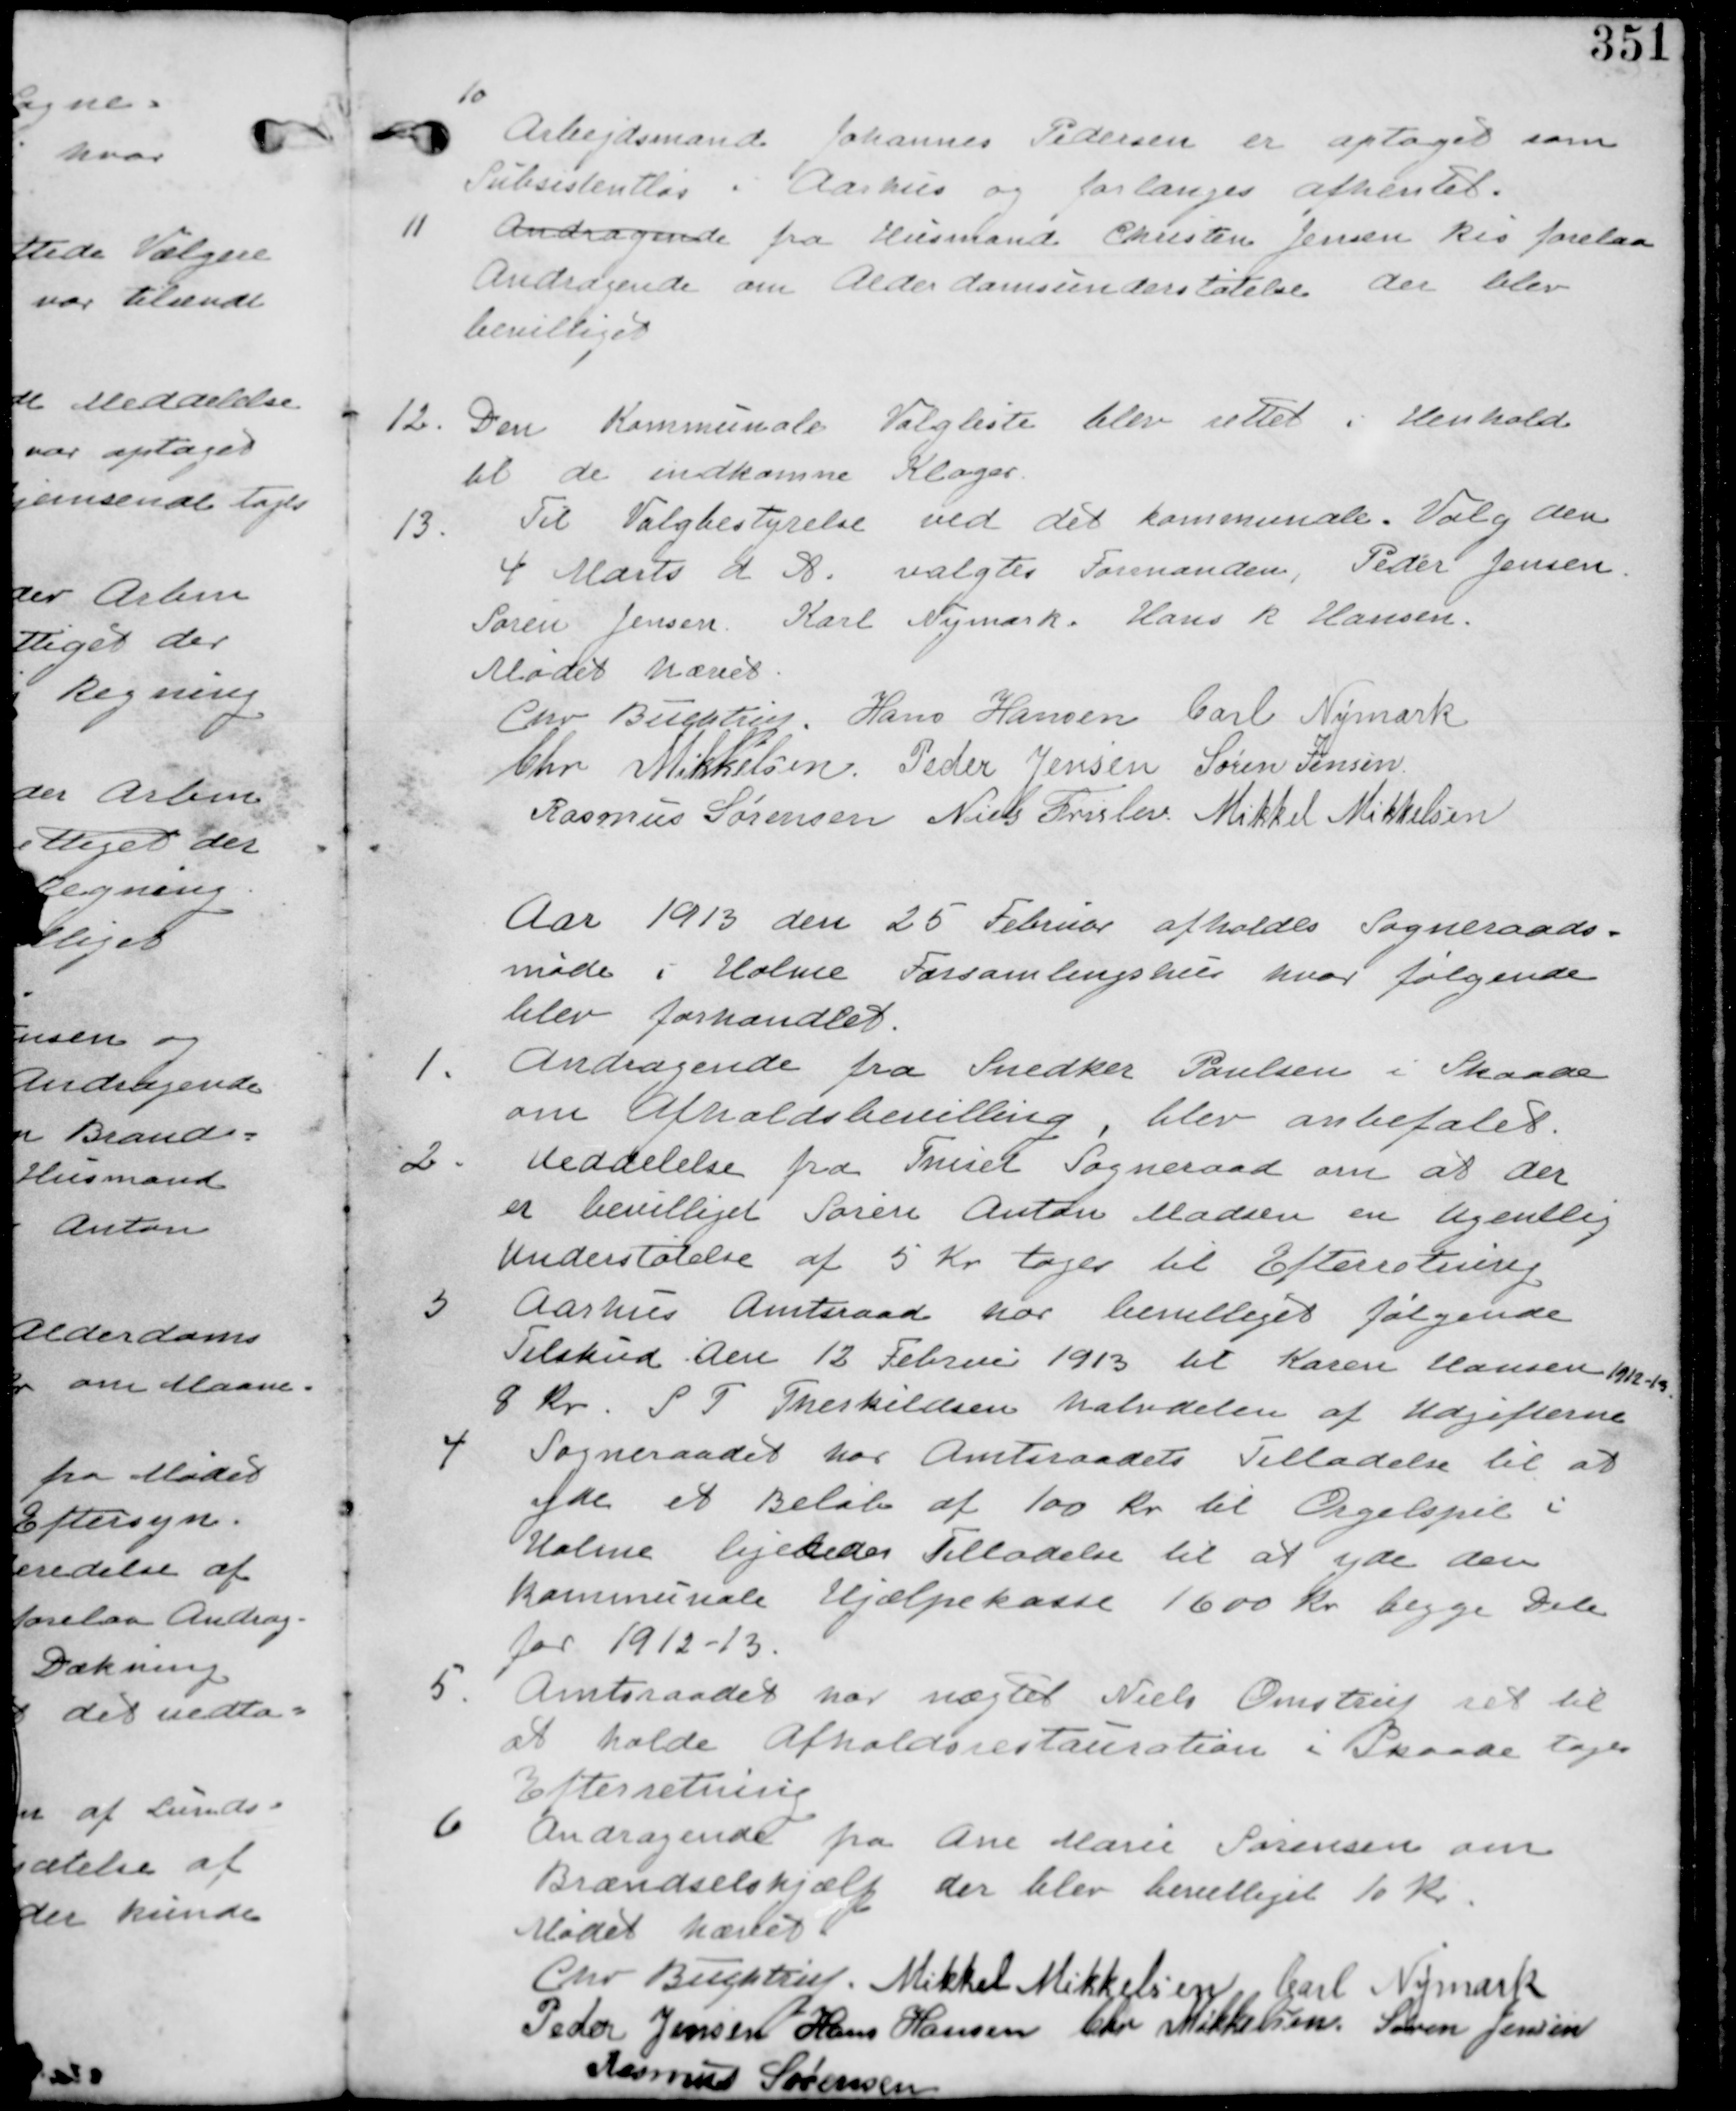
Transskription:
10
Arbejdsmand Johannes Pedersen er optaget som
Subsistentløs i Aarhus og forlanges afhentet.

11. Andragende fra Husmand Christen Jensen Ris forelaa
Andragende om Alderdomsunderstøttelse der blev
bevilliget.

12. Den Kommunale Valgliste blev rettet i Henhold
til de indkomne Klager.

13. Til Valgbestyrelse ved det kommende Valg den
4. Marts d A. valgtes Formanden, Peder Jensen.
Søren Jensen. Karl Nymark. Hans R Hansen

Mødet hævet

Chr Buchtrup Hans Hansen Carl Nymark
Chr Mikkelsen Peder Jensen Søren Jensen
Rasmus Sørensen Niels Frislev Mikkel Mikkelsen.

Aar 1913 den 25 Februar afholdes Sogneraads-
møde i Holme Forsamlingshus hvor føklgende
blev forhandlet.

1. Andragende fra Snedker Paulsen i Skaade
om Afholdsbevilling, blev anbefalet

2. Meddelelse fra Thiset Sogneraad om at der
er bevilliget Søren Anton Madsen en Ugentlig
Understøttelse af 5 Kr tages til Efterretning.

3. Aarhus Amtsraad har bevilliget følgende
Tilskud den 18 Februar 1913 til Karen Hansen 1912-13
8 Kr. S T Therkildsen halvdelen af Udgifterne

4. Sogneraadet har Amtsraadetss Tilladelse til at
yde et Beløb af 100 Kr til Orgelspil i
Holme ligeledes Tilladelse til at yde den
Kommunale Hjælpekasse 1600 Kr begge Dele
for 1912-13.

5. Amtsraadet har nægtet Niels Omstrup ret til
at holde Afholdsrestauration i Skaade tages
Efterretning.

6. Andragende fra Ane Marie Sørensen om
Brændselshjælp der blev bevilliget 10 Kr.

Mødet Hævet

Chr Buchtrup. Mikkel Mikkelsen Carl Nymark
Peder Jensen Hans Rasmussen Chr Mikkelsen Søren Jensen
Rasmus Sørensen